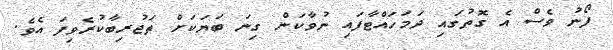
ފޯނު ވެސް އެ ގޮތުގައި ދަމަހައްޓާފައި ނުވާކަން ގިނަ ބަޔަކަށް ތަޖުރިބާކުރެވިފަ އެވެ.